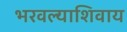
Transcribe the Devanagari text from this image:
भरवल्याशिवाय